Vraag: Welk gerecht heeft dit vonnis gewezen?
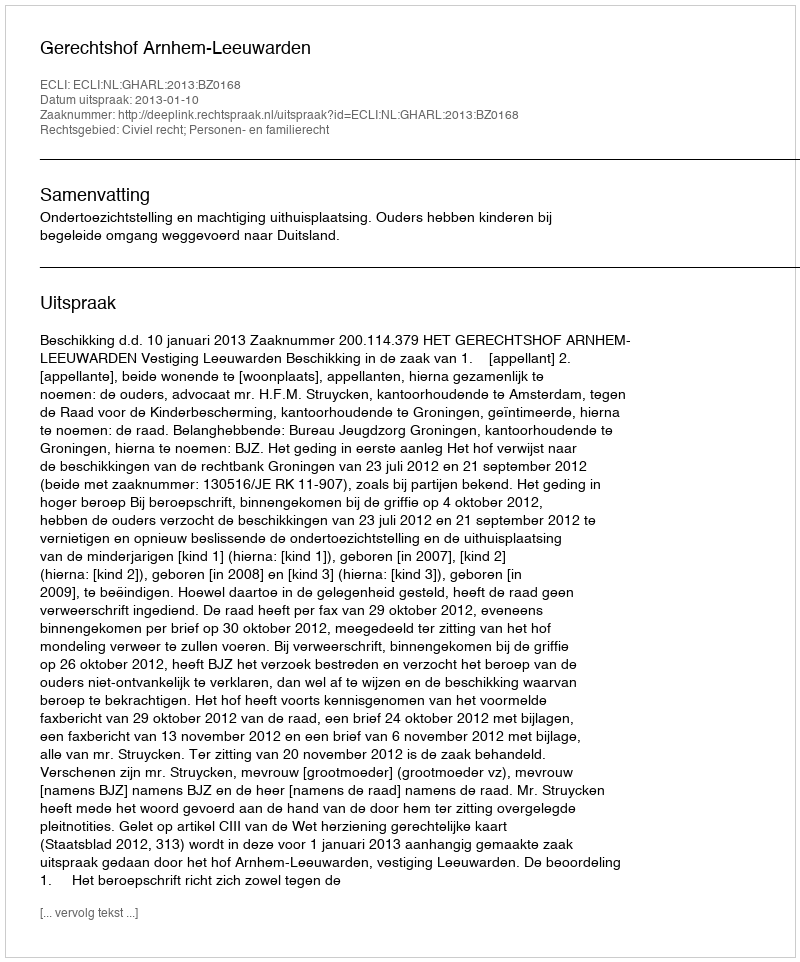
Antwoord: Gerechtshof Arnhem-Leeuwarden